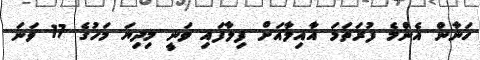
ހަނާން އެންމެ ފުރަތަމަ އާއިލާއަށް ފިލާފައި ވަނީ މިދިޔަ މަހުގެ 17 ވަނަ